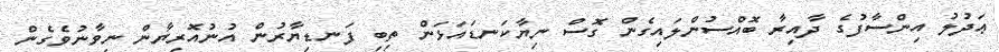
ޢަދުލު އިންސާފުގެ ދާއިރާ ބޮއްސުންލައިގެން ގޮސް ނިޔާކަނޑައަޅަން ތިބި ފަނޑިޔާރުން އުނުއޮރިޔާން ނިވާނުވެގެން